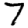
Digit: 7